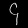
Digit: ၄